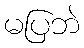
မပြဘဲ